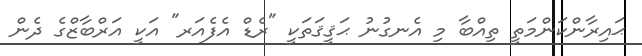
ޙައިރާންކަންމަތީ ތިއްބާ މި އެނގުނު ޙަޤީޤަތަކީ "ރެޑް އެފެއަރ" އަކީ އަރްބާޒްގެ ދެން